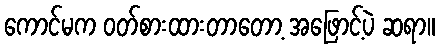
ကောင်မက ဝတ်စားထားတာတော့ အဖြောင့်ပဲ ဆရာ။